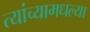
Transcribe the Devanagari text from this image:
त्यांच्यामधल्या